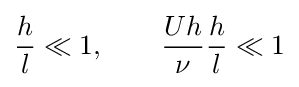
{\frac {h}{l}}\ll 1,\qquad {\frac {Uh}{\nu }}{\frac {h}{l}}\ll 1